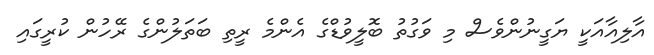
އާލިއާއަކީ ޔަގީނުންވެސް މި ވަގުތު ބޮލީވުޑްގެ އެންމެ ރީތި ބަތަލުންގެ ރޭހުން ކުރީގައި